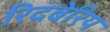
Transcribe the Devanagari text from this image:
रिदबेरिय